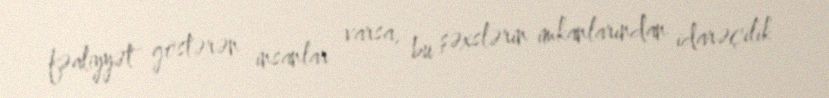
fəaliyyət göstərən insanlar varsa, bu şəxslərin imkanlarından idarəçilik